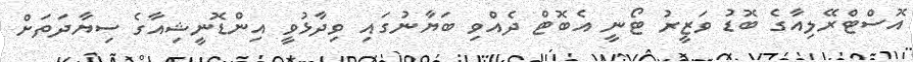
އޮސްޓްރޭލިއާގެ ބޮޑު ވަޒީރު ޓޯނީ އެބޮޓް ދެއްވި ބަޔާނުގައި ވިދާޅުވީ އިންޑޮނީޝިއާގެ ސިޔާދަތަށް